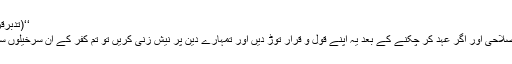
‘‘(تدبرقرآن۳/ ۵۴۴)
امین احسن اصلاحی اور اگر عہد کر چکنے کے بعد یہ اپنے قول و قرار توڑ دیں اور تمہارے دین پر نیش زنی کریں تو تم کفر کے ان سرخیلوں سے بھی لڑو۔